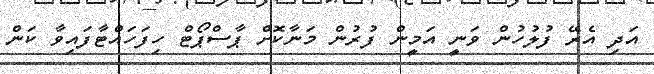
އަދި އެރޭ ފުލުހުން ވަނީ އަމީން ފުރުން މަނާކޮށް ޕާސްޕޯޓް ހިފަހައްޓާފައިވާ ކަން